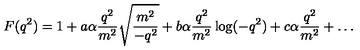
F ( q ^ { 2 } ) = 1 + a \alpha { \frac { q ^ { 2 } } { m ^ { 2 } } } \sqrt { \frac { m ^ { 2 } } { - q ^ { 2 } } } + b \alpha { \frac { q ^ { 2 } } { m ^ { 2 } } } \log ( - q ^ { 2 } ) + c \alpha { \frac { q ^ { 2 } } { m ^ { 2 } } } + \ldots